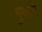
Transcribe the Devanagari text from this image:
गुणात